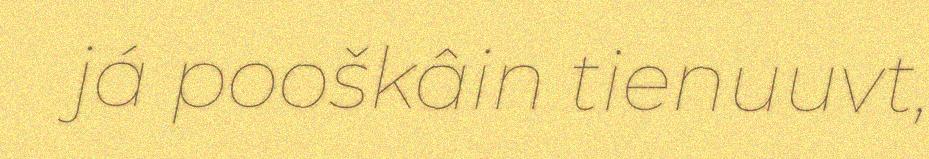
já pooškâin tienuuvt,